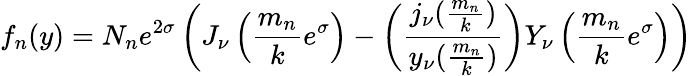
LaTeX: f_{n}(y)=N_{n}e^{2\sigma}\left(J_{\nu}\left({\frac{m_{n}}{k}}e^{\sigma}\right)-\left({\frac{j_{\nu}({\frac{m_{n}}{k}})}{y_{\nu}({\frac{m_{n}}{k}})}}\right)Y_{\nu}\left({\frac{m_{n}}{k}}e^{\sigma}\right)\right)